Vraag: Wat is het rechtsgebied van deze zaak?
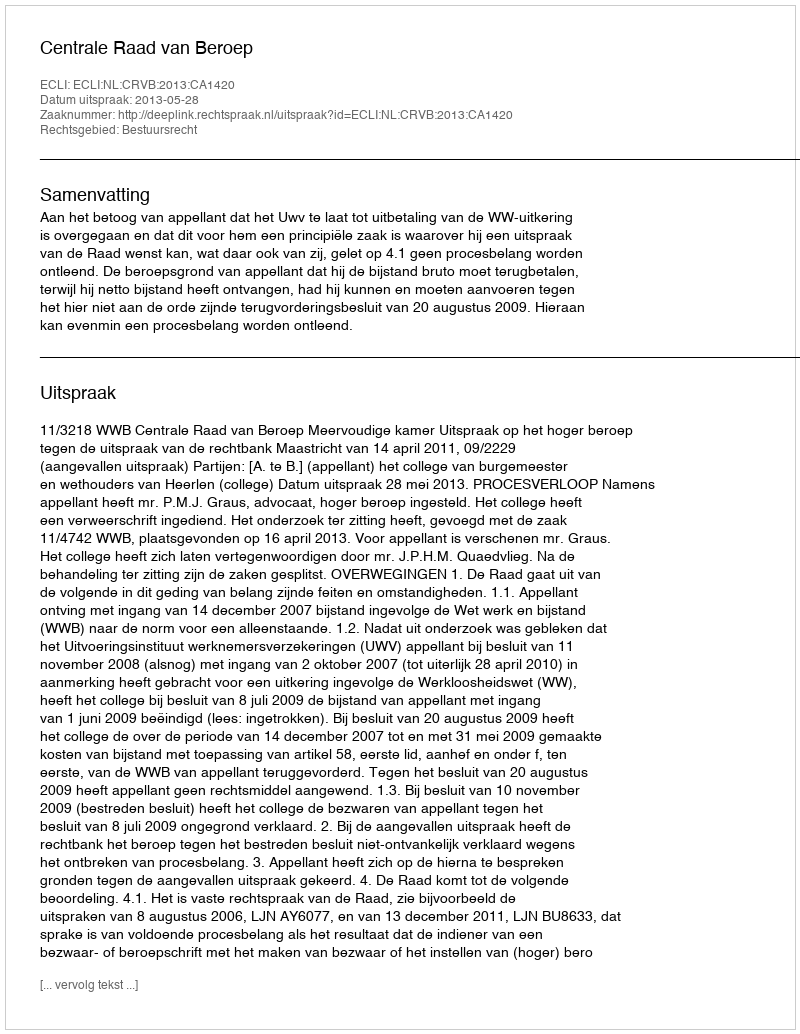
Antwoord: Bestuursrecht